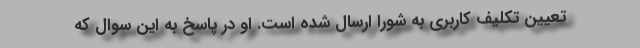
تعیین تکلیف کاربری به شورا ارسال شده است. او در پاسخ به این سوال که